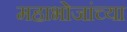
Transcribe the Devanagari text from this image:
महाभोजांच्या